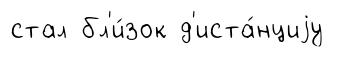
стал бл'и́зок д'иста́нциjу